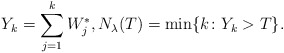
\begin{align*}Y_k=\sum_{j=1}^{k}W^*_j, N_{\lambda}(T)=\min\{k \colon Y_{k}> T\}.\end{align*}